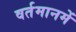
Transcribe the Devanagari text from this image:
वर्तमानमें